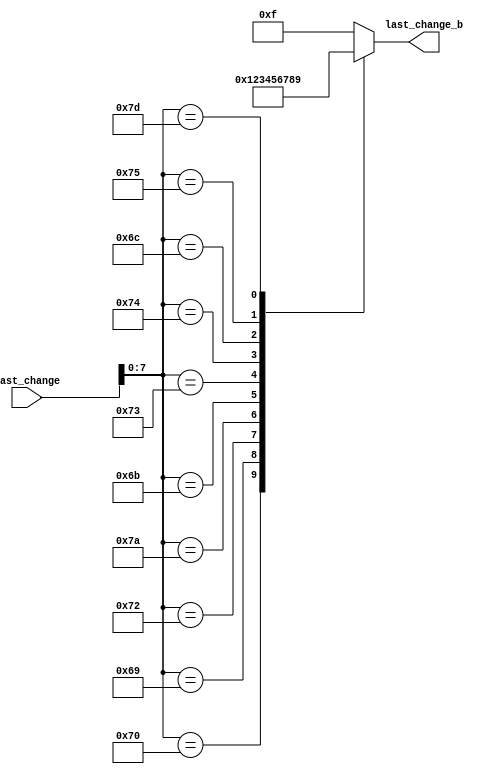
`timescale 1ns / 1ps
//////////////////////////////////////////////////////////////////////////////////
// Company: 
// Engineer: 
// 
// Design Name: 
// Module Name: transform
// Project Name: 
// Target Devices: 
// Tool Versions: 
// Description: 
// 
// Dependencies: 
// 
// Revision:
// Revision 0.01 - File Created
// Additional Comments:
// 
//////////////////////////////////////////////////////////////////////////////////


module transform(
    input [8:0] last_change,
    output reg [3:0] last_change_b
    );
    wire [7:0] value;
    
    assign value = last_change[7:0];
    
    always@*
        case(value)
        8'h70: last_change_b <= 4'b0000; //0
        8'h69: last_change_b <= 4'b0001; //1
        8'h72: last_change_b <= 4'b0010; //2
        8'h7A: last_change_b <= 4'b0011; //3
        8'h6B: last_change_b <= 4'b0100; //4
        8'h73: last_change_b <= 4'b0101; //5
        8'h74: last_change_b <= 4'b0110; //6
        8'h6C: last_change_b <= 4'b0111; //7
        8'h75: last_change_b <= 4'b1000; //8
        8'h7D: last_change_b <= 4'b1001; //9
        default: last_change_b <= 4'b1111; 
        endcase
    
endmodule